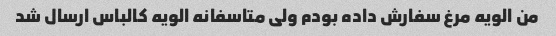
من الویه مرغ سفارش داده بودم ولی متاسفانه الویه کالباس ارسال شد